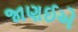
જાણઈએ